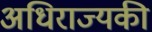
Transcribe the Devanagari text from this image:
अधिराज्यकी